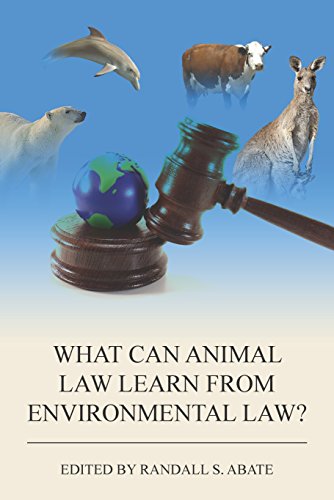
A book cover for What Can Animal Law Learn from Environmental Law? (Environmental Law Institute); Randall S. Abate; Science & Math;